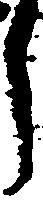
郎